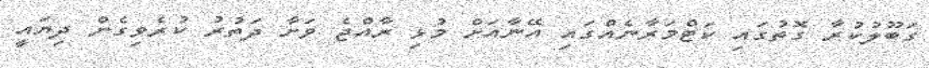
ގަބޫލުކުރާ ގޮތުގައި ކަޓްމަރާނެއްގައި އޭނާއަށް މުޅި ރާއްޖެ ވަށާ ދަތުރު ކުރެވިގެން ދިޔައީ